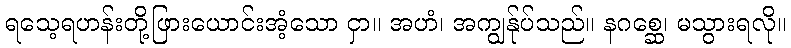
ရသေ့ရဟန်းတို့ဖြားယောင်းအံ့သော ငှာ။ အဟံ၊ အကျွန်ုပ်သည်။ နဂစ္ဆေ၊ မသွားရလို။